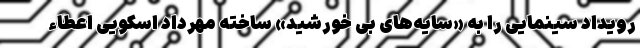
رویداد سینمایی را به «سایه‌های بی خورشید» ساخته مهرداد اسکویی اعطاء